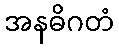
အနဓိဂတံ